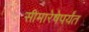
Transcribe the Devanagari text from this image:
सीमारेषेपर्यंत